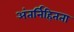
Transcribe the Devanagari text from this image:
अंतर्निहितता